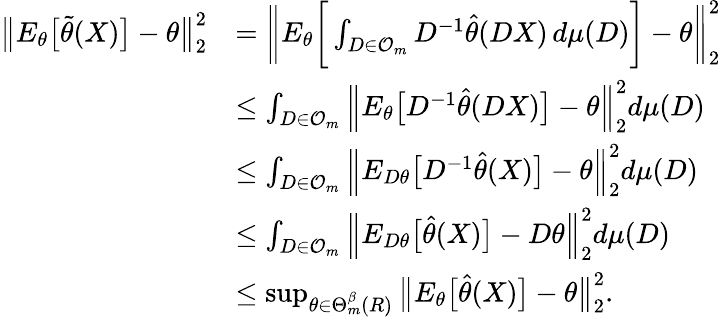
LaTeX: \begin{array}{rl}{\big\| E_{\theta}\big[\widetilde\theta(X)\big]-\theta\big\| _{2}^{2}}&{=\bigg\| E_{\theta}\bigg[\int_{D\in\mathcal{O}_{m}}D^{-1}\widehat\theta(DX)\, d\mu(D)\bigg]-\theta\bigg\| _{2}^{2}}\\ &{\leq\int_{D\in\mathcal{O}_{m}}\Big\| E_{\theta}\big[D^{-1}\widehat\theta(DX)\big]-\theta\Big\| _{2}^{2}d\mu(D)}\\ &{\leq\int_{D\in\mathcal{O}_{m}}\Big\| E_{D\theta}\big[D^{-1}\widehat\theta(X)\big]-\theta\Big\| _{2}^{2}d\mu(D)}\\ &{\leq\int_{D\in\mathcal{O}_{m}}\Big\| E_{D\theta}\big[\widehat\theta(X)\big]-D\theta\Big\| _{2}^{2}d\mu(D)}\\ &{\leq\operatorname*{sup}_{\theta\in\Theta_{m}^{\beta}(R)}\big\| E_{\theta}\big[\widehat\theta(X)\big]-\theta\big\| _{2}^{2}.}\end{array}